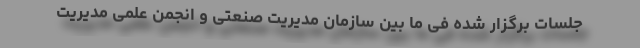
جلسات برگزار شده فی ما بین سازمان مدیریت صنعتی و انجمن علمی مدیریت